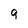
Character: 9